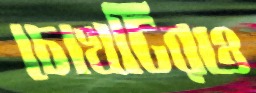
চোখটিরও